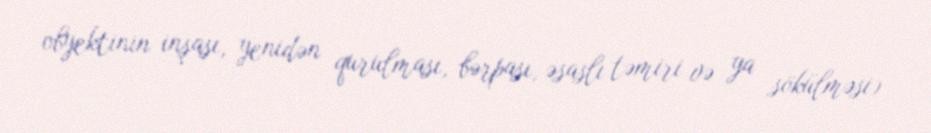
obyektinin inşası, yenidən qurulması, bərpası, əsaslı təmiri və ya sökülməsi)